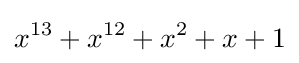
x^{13}+x^{12}+x^{2}+x+1